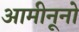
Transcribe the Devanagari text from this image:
आमीनूनो